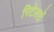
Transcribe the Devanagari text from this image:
रिटेलरों